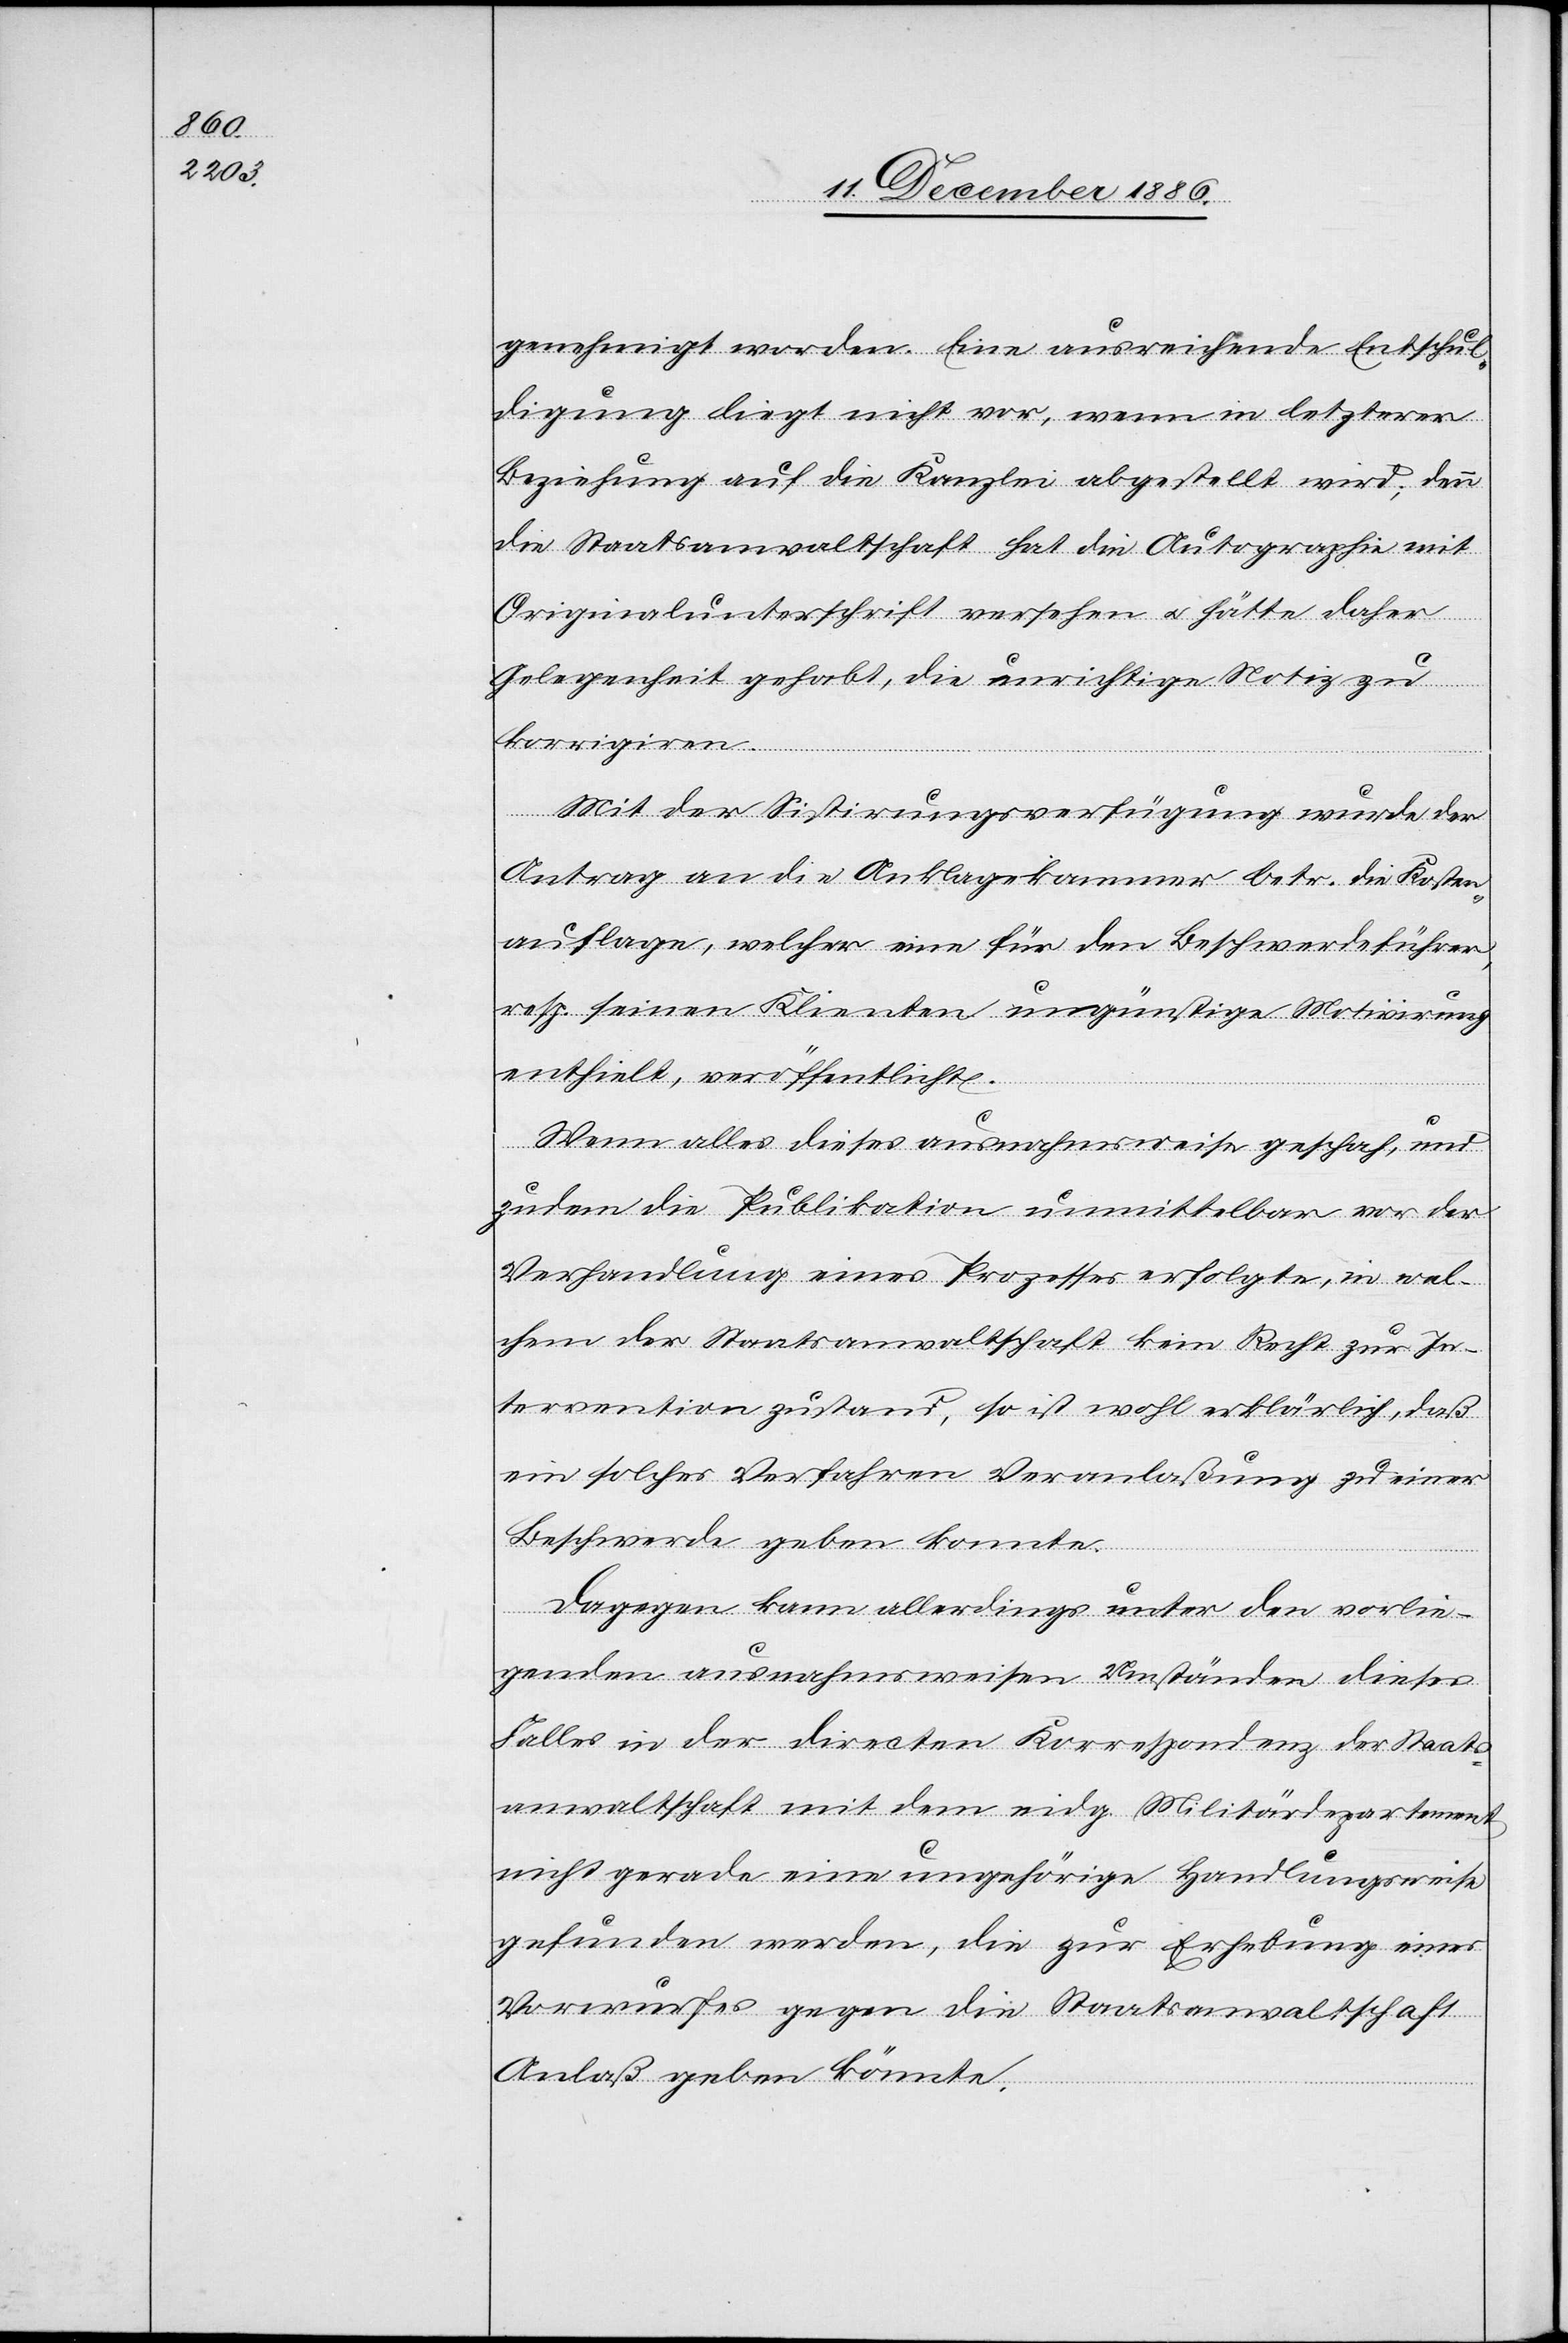
genehmigt worden. Eine ausreichende Entschul¬
digung liegt nicht vor, wenn in letzterer
Beziehung auf die Kanzlei abgestellt wird; denn
die Staatsanwaltschaft hat die Autographie mit
Originalunterschrift versehen & hätte daher
Gelegenheit gehabt, die unrichtige Notiz zu
korrigiren.
Mit der Sistirungsverfügung wurde der
Antrag an die Anklagekammer betr. die Kosten¬
auflage, welcher eine für den Beschwerdeführer,
resp. seinen Klienten ungünstige Motivirung
enthielt, veröffentlicht.
Wenn alles dieses ausnahmsweise geschah, und
zudem die Publikation unmittelbar vor der
Verhandlung eines Prozesses erfolgte, in wel¬
chem der Staatsanwaltschaft kein Recht zur In¬
tervention zustand, so ist wohl erklärlich, daß
ein solches Verfahren Veranlaßung zu einer
Beschwerde geben konnte.
Dagegen kann allerdings unter den vorlie¬
genden ausnahmsweisen Umständen dieses
Falles in der directen Korrespondenz der Staats¬
anwaltschaft mit dem eidg. Militärdepartement
nicht gerade eine ungehörige Handlungsweise
gefunden werden, die zur Erhebung eines
Vorwurfes gegen die Staatsanwaltschaft
Anlaß geben könnte.